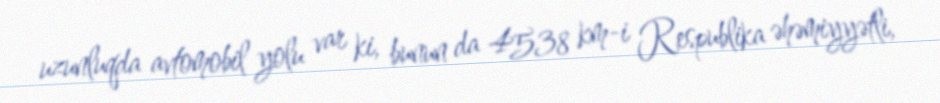
uzunluqda avtomobil yolu var ki, bunun da 4538 km-i Respublika əhəmiyyətli,